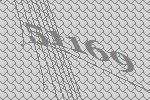
51169